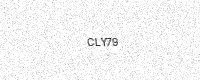
Text: CLY79